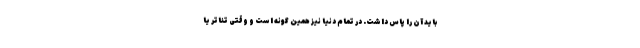
باید آن را پاس داشت. در تمام دنیا نیز همین گونه است و وقتی تئاتر یا